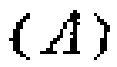
$(A)$